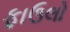
ફાઉલો